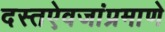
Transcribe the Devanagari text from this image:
दस्तऐवजांप्रमाणे